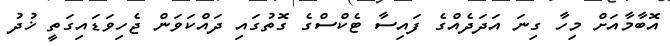
އޮބާމާއަށް މިހާ ގިނަ އަދަދެއްގެ ފައިސާ ޓެކްސްގެ ގޮތުގައި ދައްކަވަން ޖެހިވަޑައިގަތީ ޚުދު